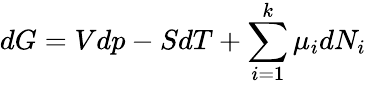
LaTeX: dG=Vdp-SdT+\sum_{i=1}^{k}\mu_{i}dN_{i}